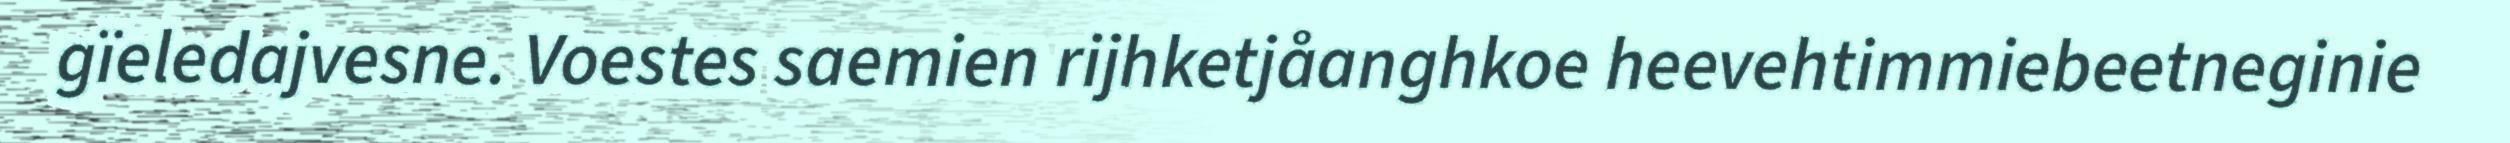
gïeledajvesne. Voestes saemien rijhketjåanghkoe heevehtimmiebeetneginie